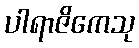
ပါရာဇိကေသု